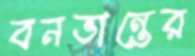
বনভান্তের